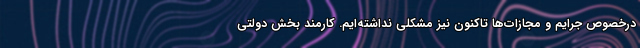
درخصوص جرایم و مجازات‌ها تاکنون نیز مشکلی نداشته‌ایم. کارمند بخش دولتی